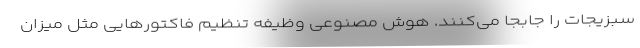
سبزیجات را جابجا می‌کنند. هوش مصنوعی وظیفه تنظیم فاکتورهایی مثل میزان